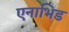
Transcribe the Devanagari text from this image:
एनाभिड